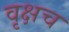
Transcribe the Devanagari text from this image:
वृक्षच